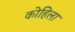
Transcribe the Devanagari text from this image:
कोहिला